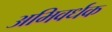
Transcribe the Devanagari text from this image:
अभिवर्धक